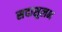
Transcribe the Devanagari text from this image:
सदासुलभ